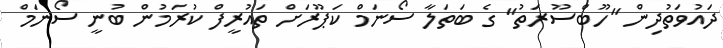
ދައުވަތުދިން "ހޫބްސޫރަތު" ގެ ބަތަލާ ސޯނަމް ކަޕޫރަށް ތައުރީފް ކުރަމުން ބުނީ ސޯނަމް